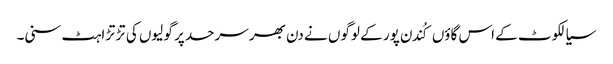
سیالکوٹ کے اس گاؤں کُندن پور کے لوگوں نے دن بھر سرحد پر گولیوں کی تڑتڑاہٹ سنی۔